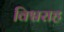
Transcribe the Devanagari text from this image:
विश्वराह